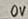
Text: 0V